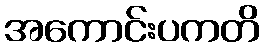
အကောင်းပကတိ